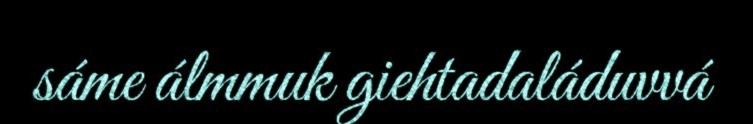
sáme álmmuk giehtadaláduvvá